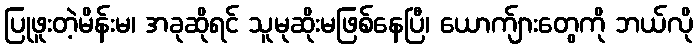
ပြုဖူးတဲ့မိန်းမ၊ အခုဆိုရင် သူမုဆိုးမဖြစ်နေပြီ၊ ယောက်ျားတွေကို ဘယ်လို